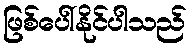
ဖြစ်ပေါ်နိုင်ပါသည်